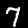
Digit: 7